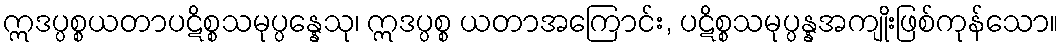
ဣဒပ္ပစ္စယတာပဋိစ္စသမုပ္ပန္နေသု၊ ဣဒပ္ပစ္စ ယတာအကြောင်း, ပဋိစ္စသမုပ္ပန္နအကျိုးဖြစ်ကုန်သော။